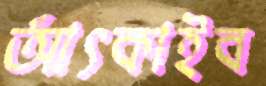
আঁৎকাইব